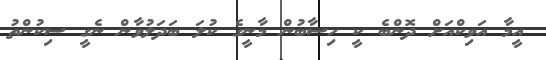
އީމާ އަވިކްއަށް ދޮންބެ ކީ ހިސާބުން މާނީގެ ކުލަ ބަދަލުވާން ނެގީ ސިކުންތު